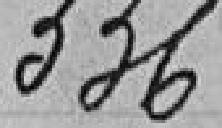
336